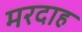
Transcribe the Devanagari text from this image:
मरदाह